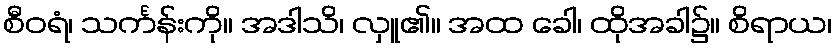
စီဝရံ၊ သင်္ကန်းကို။ အဒါသိ၊ လှူ၏။ အထ ခေါ၊ ထိုအခါ၌။ စိရာယ၊